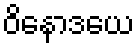
ဝိနောဒယေ